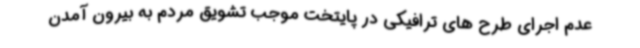
عدم اجرای طرح های ترافیکی در پایتخت موجب تشویق مردم به بیرون آمدن